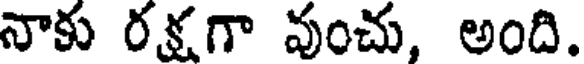
నాకు రక్షగా వుంచు, అంది.